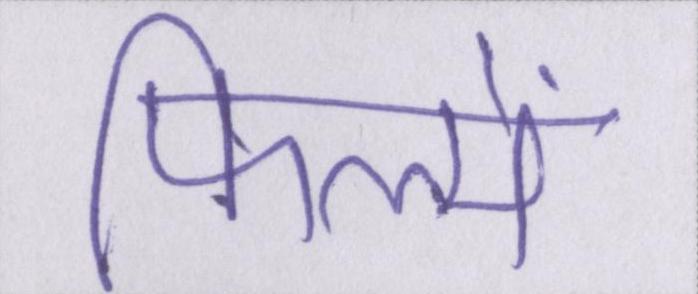
फिल्में